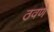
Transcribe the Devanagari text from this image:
ठवणे